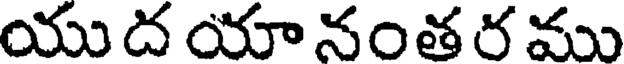
యు ద యా నంత ర ము